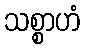
သစ္စာဟံ